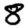
Digit: 8